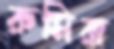
রুমিরা